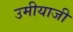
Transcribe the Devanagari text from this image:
उमीयाजी